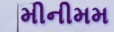
મીનીમમ